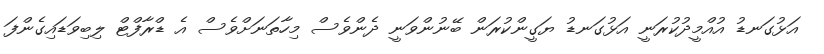
އަޅުގަނޑު އުއްމީދުކުރަނީ އަޅުގަނޑު ޔަގީންކުރަން ބޭނުންވަނީ ދެންވެސް މިހާތަނަށްވެސް އެ ޑްރާފްޓް ލިބިވަޑައިގެންފަ